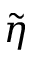
\widetilde { \eta }